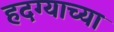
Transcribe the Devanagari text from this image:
हदग्याच्या